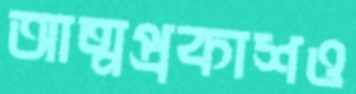
আত্মপ্রকাশও